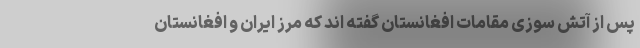
پس از آتش سوزی مقامات افغانستان گفته اند که مرز ایران و افغانستان